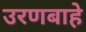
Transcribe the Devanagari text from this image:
उरणबाहे